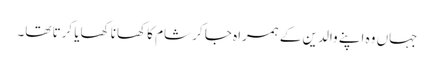
جہاں وہ اپنے والدین کے ہمراہ جا کر شام کا کھانا کھایا کرتا تھا۔